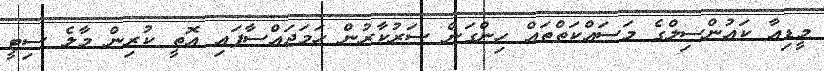
މީޑިއާ ކައުންސިލްގެ މަސައްކަތްތައް ހިންގަން ސަރުކާރުން ހަމަޖައްސާފައި އޮތީ ކުރިން މާލެ ސިޓީ